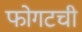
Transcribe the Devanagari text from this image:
फोगटची